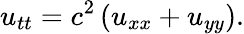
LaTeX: u_{tt}=c^{2}\left(u_{xx}+u_{yy}\right).